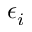
\epsilon _ { i }